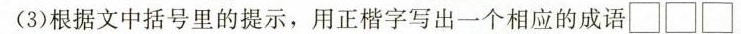
(3)根据文中括号里的提示，用正楷字写出一个相应的成语\square \square \square